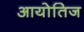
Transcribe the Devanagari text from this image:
आयोतिज